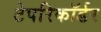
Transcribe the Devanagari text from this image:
टेपरिकॉर्डर